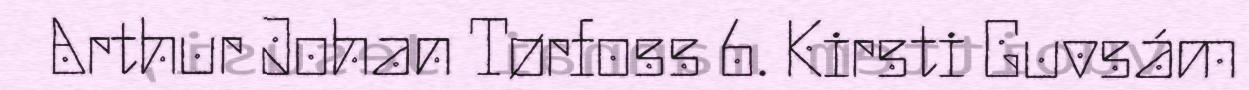
Arthur Johan Tørfoss 6. Kirsti Guvsám